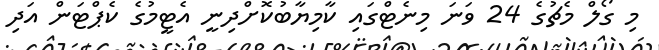
މި ގޯލް މެޗުގެ 24 ވަނަ މިނެޓްގައި ކާމިޔާބުކޮށްދިނީ އެޓީމުގެ ކެޕްޓަން އަދި